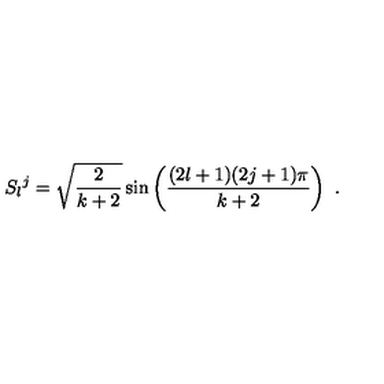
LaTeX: S _ { l } { } ^ { j } = \sqrt { \frac { 2 } { k + 2 } } \sin \left( \frac { ( 2 l + 1 ) ( 2 j + 1 ) \pi } { k + 2 } \right) \ .